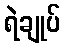
ရဲချုပ်